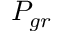
P _ { g r }